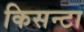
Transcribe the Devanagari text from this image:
किसन्टा